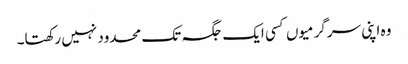
وہ اپنی سرگرمیوں کسی ایک جگہ تک محدود نہیں رکھتا۔